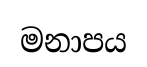
මනාපය